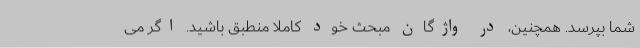
شما بپرسد. همچنین، در واژگان مبحث خود کاملاً منطبق باشید. اگر می